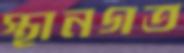
স্থানগত